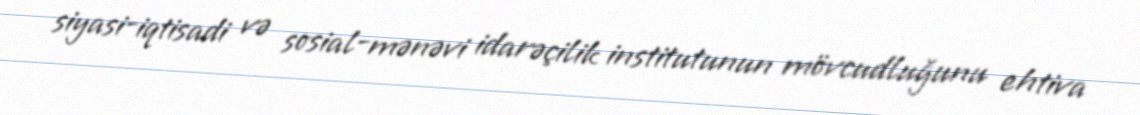
siyasi-iqtisadi və sosial-mənəvi idarəçilik institutunun mövcudluğunu ehtiva